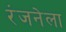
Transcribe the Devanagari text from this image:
रंजनेला